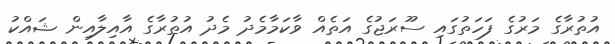
އުތުރާގެ މަރުގެ ފަހަތުގައި ސޫރަޖުގެ އަތެއް ވާކަމާމެދު މެދު އުތުރާގެ އާއިލާއިން ޝައްކު